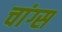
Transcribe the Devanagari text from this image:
चांग्स